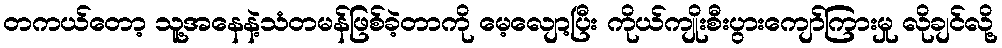
တကယ်တော့ သူ့အနေနဲ့သံတမန်ဖြစ်ခဲ့တာကို မေ့လျော့ပြီး ကိုယ်ကျိုးစီးပွားကျော်ကြားမှု လိုချင်လို့